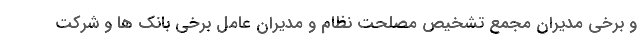
و برخی مدیران مجمع تشخیص مصلحت نظام و مدیران عامل برخی بانک ها و شرکت